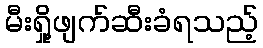
မီးရှို့ဖျက်ဆီးခံရသည့်